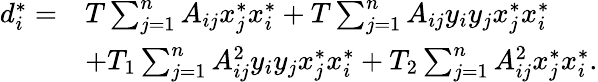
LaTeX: \begin{array}{rl}{d_{i}^{*}=}&{T\sum_{j=1}^{n}A_{ij}x_{j}^{*}x_{i}^{*}+T\sum_{j=1}^{n}A_{ij}y_{i}y_{j}x_{j}^{*}x_{i}^{*}}\\ &{+T_{1}\sum_{j=1}^{n}A_{ij}^{2}y_{i}y_{j}x_{j}^{*}x_{i}^{*}+T_{2}\sum_{j=1}^{n}A_{ij}^{2}x_{j}^{*}x_{i}^{*}.}\end{array}